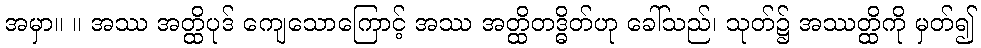
အမှာ။ ။ အဿ အတ္ထိပုဒ် ကျေသောကြောင့် အဿ အတ္ထိတဒ္ဓိတ်ဟု ခေါ်သည်၊ သုတ်၌ အဿတ္ထိကို မှတ်၍